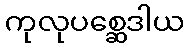
ကုလုပစ္ဆေဒါယ